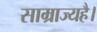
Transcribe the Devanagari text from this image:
साम्राज्यहै।